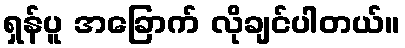
ရှန်ပူ အခြောက် လိုချင်ပါတယ်။